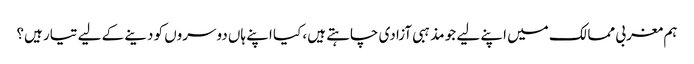
ہم مغربی ممالک میں اپنے لیے جو مذہبی آزادی چاہتے ہیں، کیا اپنے ہاں دوسروں کو دینے کے لیے تیار ہیں؟